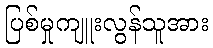
ပြစ်မှုကျူးလွန်သူအား